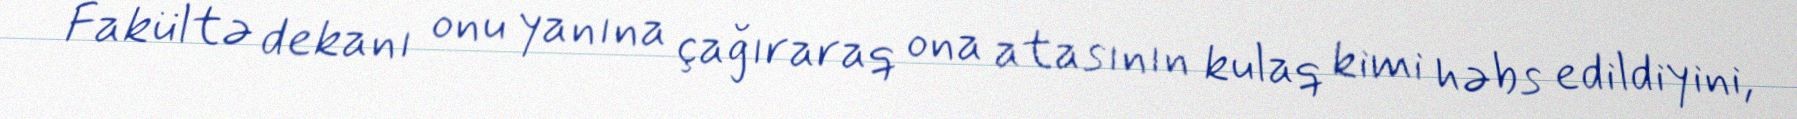
Fakültə dekanı onu yanına çağıraraq ona atasının kulaq kimi həbs edildiyini,